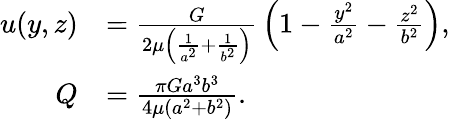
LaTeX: {\begin{array}{rl}{u(y,z)}&{={\frac{G}{2\mu\left({\frac{1}{a^{2}}}+{\frac{1}{b^{2}}}\right)}}\left(1-{\frac{y^{2}}{a^{2}}}-{\frac{z^{2}}{b^{2}}}\right),}\\ {Q}&{={\frac{\pi Ga^{3}b^{3}}{4\mu\left(a^{2}+b^{2}\right)}}.}\end{array}}